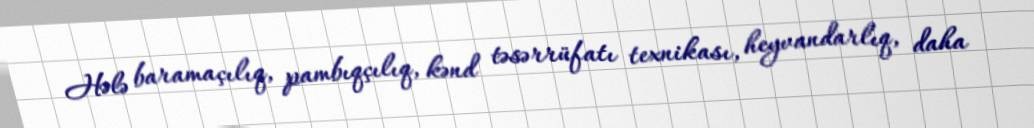
Hələ baramaçılıq, pambıqçılıq, kənd təsərrüfatı texnikası, heyvandarlıq, daha